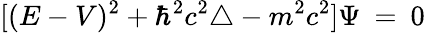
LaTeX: [(E-V)^{2}+\hbar^{2}c^{2}\triangle-m^{2}c^{2}]\Psi\: =\: 0